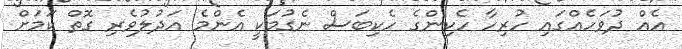
އެއް ދުވަހެއްގައި ހުރިހާ ހެކިންގެ ހެކިބަސް ނެގުމަކީ އެންމެ އަދުލުވެރި ގޮތް ކަމަށް